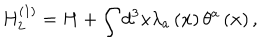
H _ { 2 } ^ { \left( 1 \right) } = H + \int d ^ { 3 } x \lambda _ { a } \left( { \bf x } \right) \theta ^ { a } \left( { \bf x } \right) ,